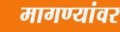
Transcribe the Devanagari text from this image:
मागण्यांवर